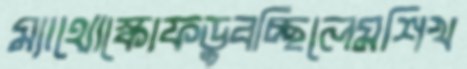
ম্যাথোস্কোফডুবচ্ছিলেমশিখ